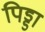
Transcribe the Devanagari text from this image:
पिड्डा